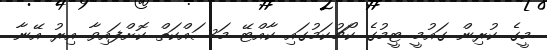
މީގެ ކުރިން ގައުމީ ޓީމުގެ ކޯޗުކަމުގައި ކާއްޓޭ މަސައްކަތް ކޮށްފައިވާ އިރު އޭނާ